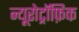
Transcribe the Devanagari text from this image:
न्यूरोट्रॉफ़िक